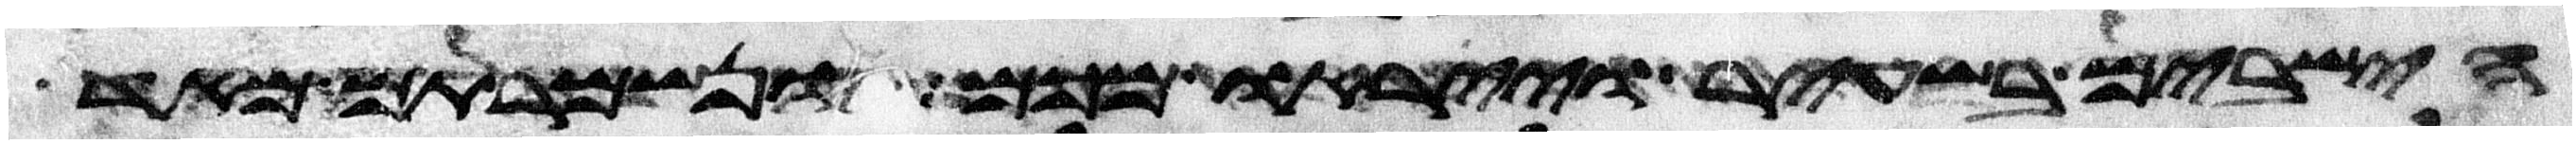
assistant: הישבים בשעיר וייראו מכם ונשמרתם מאד